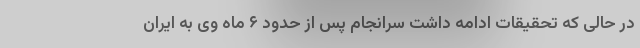
در حالی که تحقیقات ادامه داشت سرانجام پس از حدود ۶ ماه وی به ایران